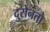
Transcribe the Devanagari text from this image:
दुरोनतो